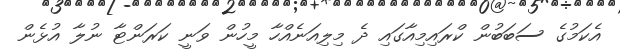
އެކަމުގެ ސަބަބުން ކްރައިމިއާގައި ދެ މިލިއަނެއްހާ މީހުން ވަނީ ކަރަންޓާ ނުލާ އުޅެން